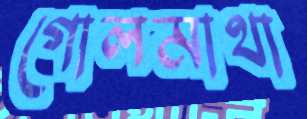
গোলমাথা